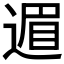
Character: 𫐹